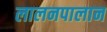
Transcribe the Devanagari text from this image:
लालनपालान